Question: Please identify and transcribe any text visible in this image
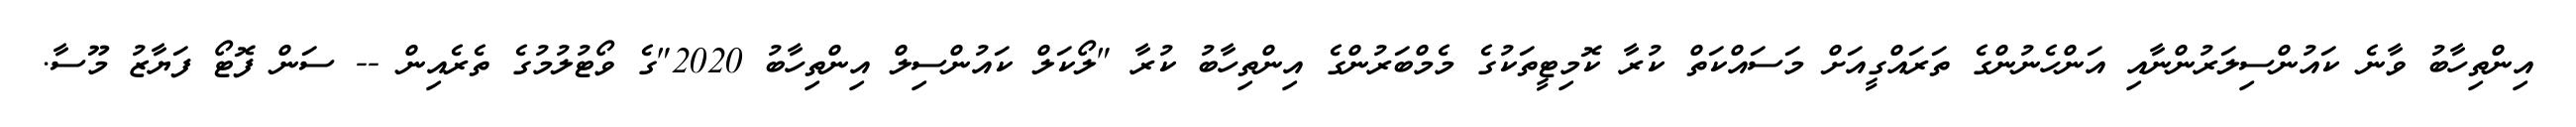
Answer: އިންތިހާބު ވާނެ ކައުންސިލަރުންނާއި އަންހެނުންގެ ތަރައްގީއަށް މަސައްކަތް ކުރާ ކޮމިޓީތަކުގެ މެމްބަރުންގެ އިންތިހާބު ކުރާ "ލޯކަލް ކައުންސިލް އިންތިހާބު 2020"ގެ ވޯޓުލުމުގެ ތެރެއިން -- ސަން ފޮޓޯ ފަޔާޒު މޫސާ.